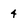
Character: 4